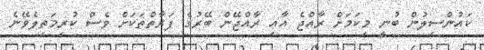
ކައުންސިލުން ބުނީ މިކަމަށް ރާއްޖެ އާއި ރާއްޖޭން ބޭރުގެ ފަރާތްތަކަށް ވެސް ކުރިމަތިލެވޭނެ